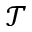
\mathcal { T }